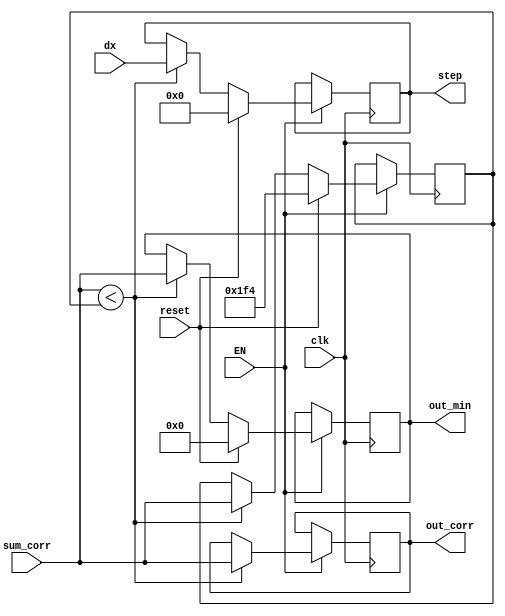
module Min_corr(
	input wire clk,
	input wire EN,
	input wire reset,
	input wire [8:0]sum_corr,	
	input wire [9:0]dx,
	
	output reg [8:0]out_min,
	output reg [9:0]step,
	output reg [8:0]out_corr
	);

reg [8:0]corr = 500;
	

always @(posedge clk)
	begin
	
		if (EN == 1)
		begin
			if (sum_corr < corr)
			begin
				corr = sum_corr;
				out_min = corr;
				step = dx;	
				out_corr = corr;
			end
			if (reset == 1)
			begin
				corr = 500;
				out_min = 0;
				step = 0;
			end
		end
	end 
endmodule